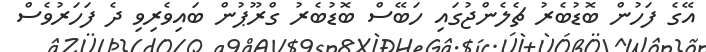
އޭގެ ފަހުން ބޮޑުބެރު ޗެލެންޖުގައި ހަބޭސް ބޮޑުބެރު ގްރޫޕުން ބައިވެރިވި ދެ ފަހަރުވެސް